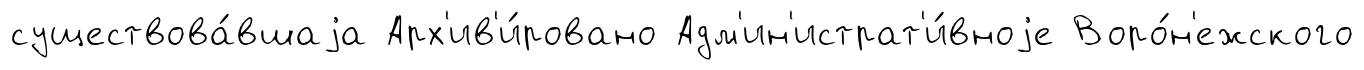
существова́вшаjа Арх'ив'и́ровано Адм'ин'истрат'и́вноjе Воро́н'ежского